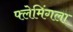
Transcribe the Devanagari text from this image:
फ्लेमिंगला